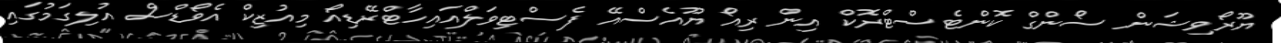
ޔޫރޯވިޝަން ސޯންގް ކޮންޓެސްޓްރޮކް އިން ރިއޯ ޔޫއެސްއޭ ފެސްޓިވަލްއައިހާޓްރޭޑިއޯ މިއުޒިކް އެވޯޑްސް އުލިގަމުގައި